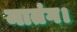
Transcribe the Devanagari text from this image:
मातंग।